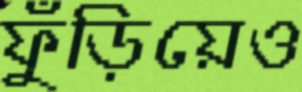
ফুঁড়িয়েও